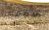
سوف